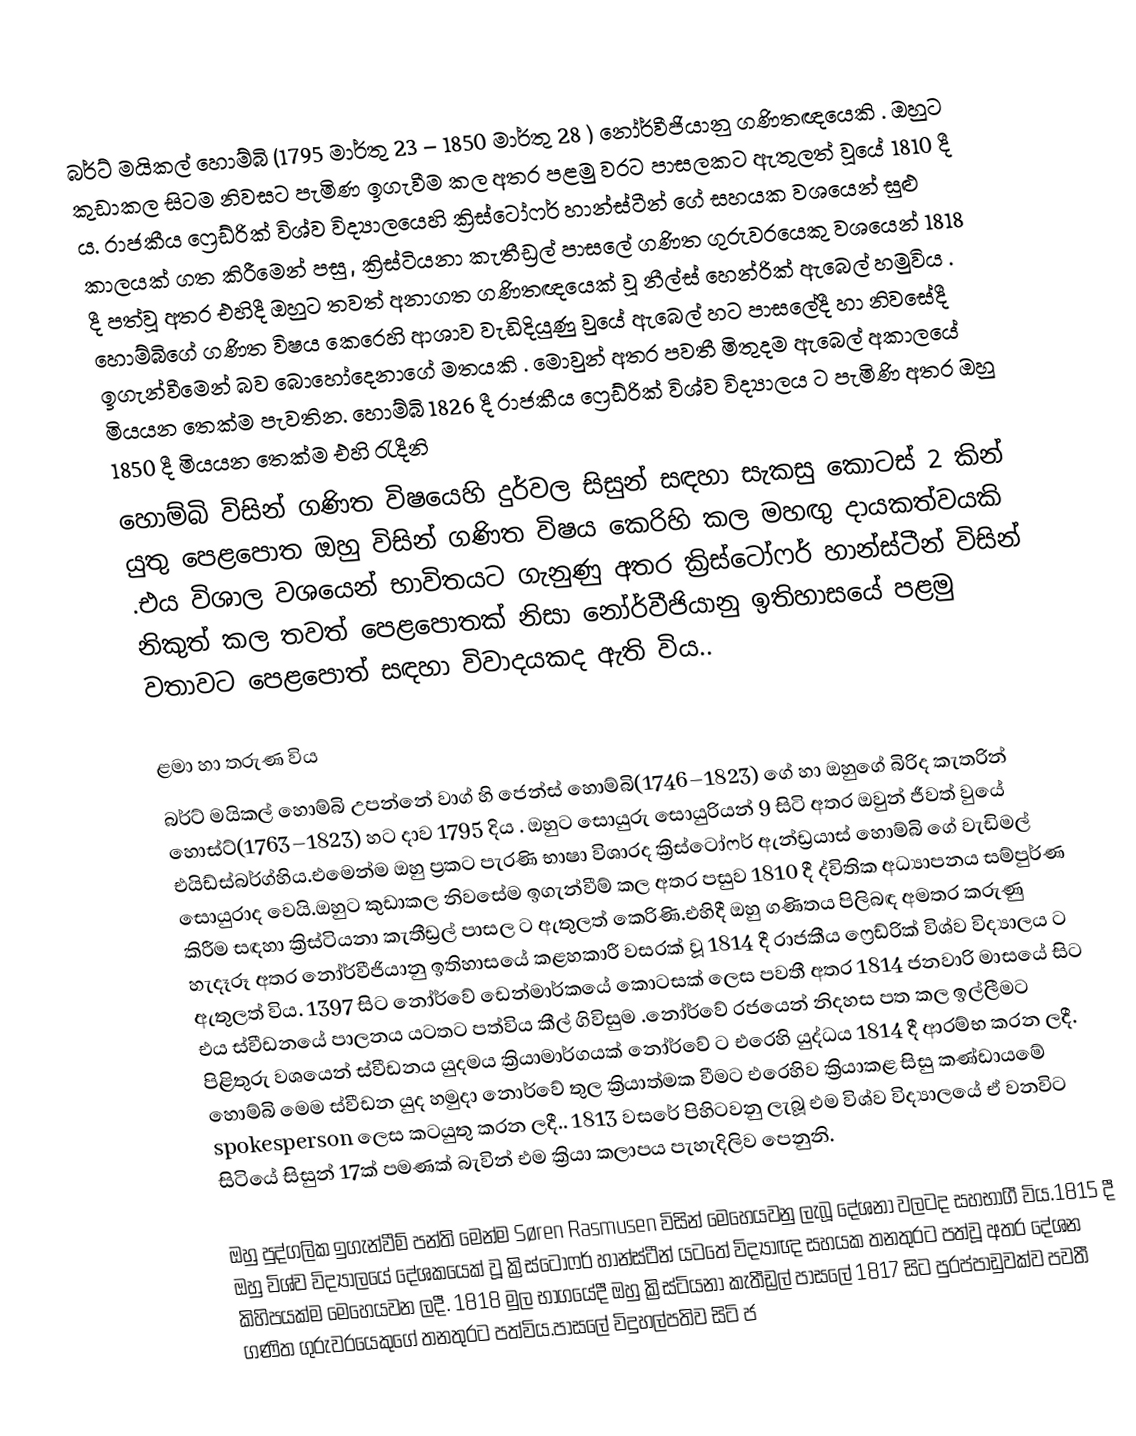
බර්ට් මයිකල් හොම්බි  (1795 මාර්තු 23  – 1850 මාර්තු 28 ) නෝර්වීජියානු  ගණිතඥයෙකි . ඔහුට  කුඩාකල සිටම නිවසට පැමිණ ඉගැවීම කල අතර පළමු වරට පාසලකට ඇතුලත් වූයේ 1810 දී ය. රාජකීය ෆ්‍රෙඩ්රික් විශ්ව විද්‍යාලයෙහි    ක්‍රිස්ටෝෆර් හාන්ස්ටීන්  ගේ සහයක වශයෙන් සුළු කාලයක් ගත කිරීමෙන් පසු , ක්‍රිස්ටියනා කැතීඩ්‍රල්  පාසලේ  ගණිත ගුරුවරයෙකු වශයෙන් 1818 දී පත්වූ අතර එහිදී ඔහුට තවත් අනාගත  ගණිතඥයෙක් වූ  නීල්ස් හෙන්රික් ඇබෙල් හමුවිය . හොම්බිගේ ගණිත විෂය කෙරෙහි ආශාව වැඩිදියුණු වුයේ  ඇබෙල් හට පාසලේදී හා නිවසේදී ඉගැන්වීමෙන් බව බොහෝදෙනාගේ මතයකි . මොවුන් අතර පවතී මිතුදම ඇබෙල් අකාලයේ මියයන තෙක්ම පැවතින. හොම්බි 1826 දී  රාජකීය ෆ්‍රෙඩ්රික් විශ්ව විද්‍යාලය ට පැමිණි අතර ඔහු 1850 දී මියයන තෙක්ම එහි රැදීනි
හොම්බි විසින් ගණිත විෂයෙහි දුර්වල සිසුන් සඳහා සැකසු කොටස් 2 කින් යුතු පෙළපොත ඔහු විසින්  ගණිත විෂය කෙරිහි කල මහඟු දායකත්වයකි .එය විශාල වශයෙන් භාවිතයට ගැනුණු අතර ක්‍රිස්ටෝෆර් හාන්ස්ටීන් විසින් නිකුත් කල තවත් පෙළපොතක් නිසා නෝර්වීජියානු ඉතිහාසයේ පළමු වතාවට පෙළපොත් සඳහා විවාදයකද ඇති විය..

ළමා හා තරුණ විය
බර්ට් මයිකල් හොම්බි උපන්නේ වාග්   හි ජෙන්ස් හොම්බි(1746–1823)  ගේ හා ඔහුගේ බිරිද කැතරින් හොස්ට්(1763–1823) හට දාව 1795 දිය . ඔහුට සොයුරු සොයුරියන් 9 සිටි අතර ඔවුන් ජීවත් වුයේ එයිඩ්ස්බර්ග්හිය.එමෙන්ම ඔහු ප්‍රකට පැරණි භාෂා විශාරද  ක්‍රිස්ටෝෆර් ඇන්ඩ්‍රයාස් හොම්බි  ගේ වැඩිමල් සොයුරාද වෙයි.ඔහුට කුඩාකල නිවසේම ඉගැන්වීම් කල අතර පසුව 1810 දී ද්විතික අධ්‍යාපනය සම්පුර්ණ කිරීම සඳහා  ක්‍රිස්ටියනා කැතීඩ්‍රල්  පාසල ට ඇතුලත් කෙරිණි.එහිදී ඔහු ගණිතය  පිලිබඳ අමතර කරුණු හැදෑරූ අතර නෝර්වීජියානු ඉතිහාසයේ  කළහකාරී වසරක්  වූ 1814 දී රාජකීය ෆ්‍රෙඩ්රික් විශ්ව විද්‍යාලය   ට ඇතුලත් විය. 1397 සිට  නෝර්වේ ඩෙන්මාර්කයේ  කොටසක් ලෙස පවතී අතර 1814 ජනවාරි මාසයේ සිට එය ස්වීඩනයේ  පාලනය යටතට පත්විය කීල් ගිවිසුම .නෝර්වේ රජයෙන් නිදහස පත කල ඉල්ලීමට පිළිතුරු වශයෙන් ස්වීඩනය යුදමය ක්‍රියාමාර්ගයක් නෝර්වේ ට එරෙහි යුද්ධය   1814 දී ආරම්භ කරන ලදී. හොම්බි මෙම ස්වීඩන යුද හමුදා නොර්වේ තුල ක්‍රියාත්මක වීමට එරෙහිව ක්‍රියාකළ සිසු කණ්ඩායමේ spokesperson ලෙස කටයුතු කරන ලදී.. 1813 වසරේ පිහිටවනු ලැබූ එම විශ්ව විද්‍යාලයේ ඒ වනවිට සිටියේ සිසුන් 17ක් පමණක් බැවින් එම ක්‍රියා කලාපය පැහැදිලිව පෙනුනි.

ඔහු පුද්ගලික ඉගැන්වීම් පන්ති මෙන්ම Søren Rasmusen විසින් මෙහෙයවනු ලැබූ දේශනා වලටද සහභාගී විය.1815 දී ඔහු විශ්ව විද්‍යාලයේ දේශකයෙක් වූ  ක්‍රිස්ටෝෆර් හාන්ස්ටීන්  යටතේ  විද්‍යාඥ සහයක තනතුරට පත්වූ අතර දේශන කිහිපයක්ම මෙහෙයවන ලදී. 1818 මුල භාගයේදී ඔහු ක්‍රිස්ටියනා කැතීඩ්‍රල්  පාසලේ 1817 සිට පුරප්පාඩුවක්ව පවතී ගණිත ගුරුවරයෙකුගේ තනතුරට පත්විය.පාසලේ විදුහල්පතිව සිටි  ජ